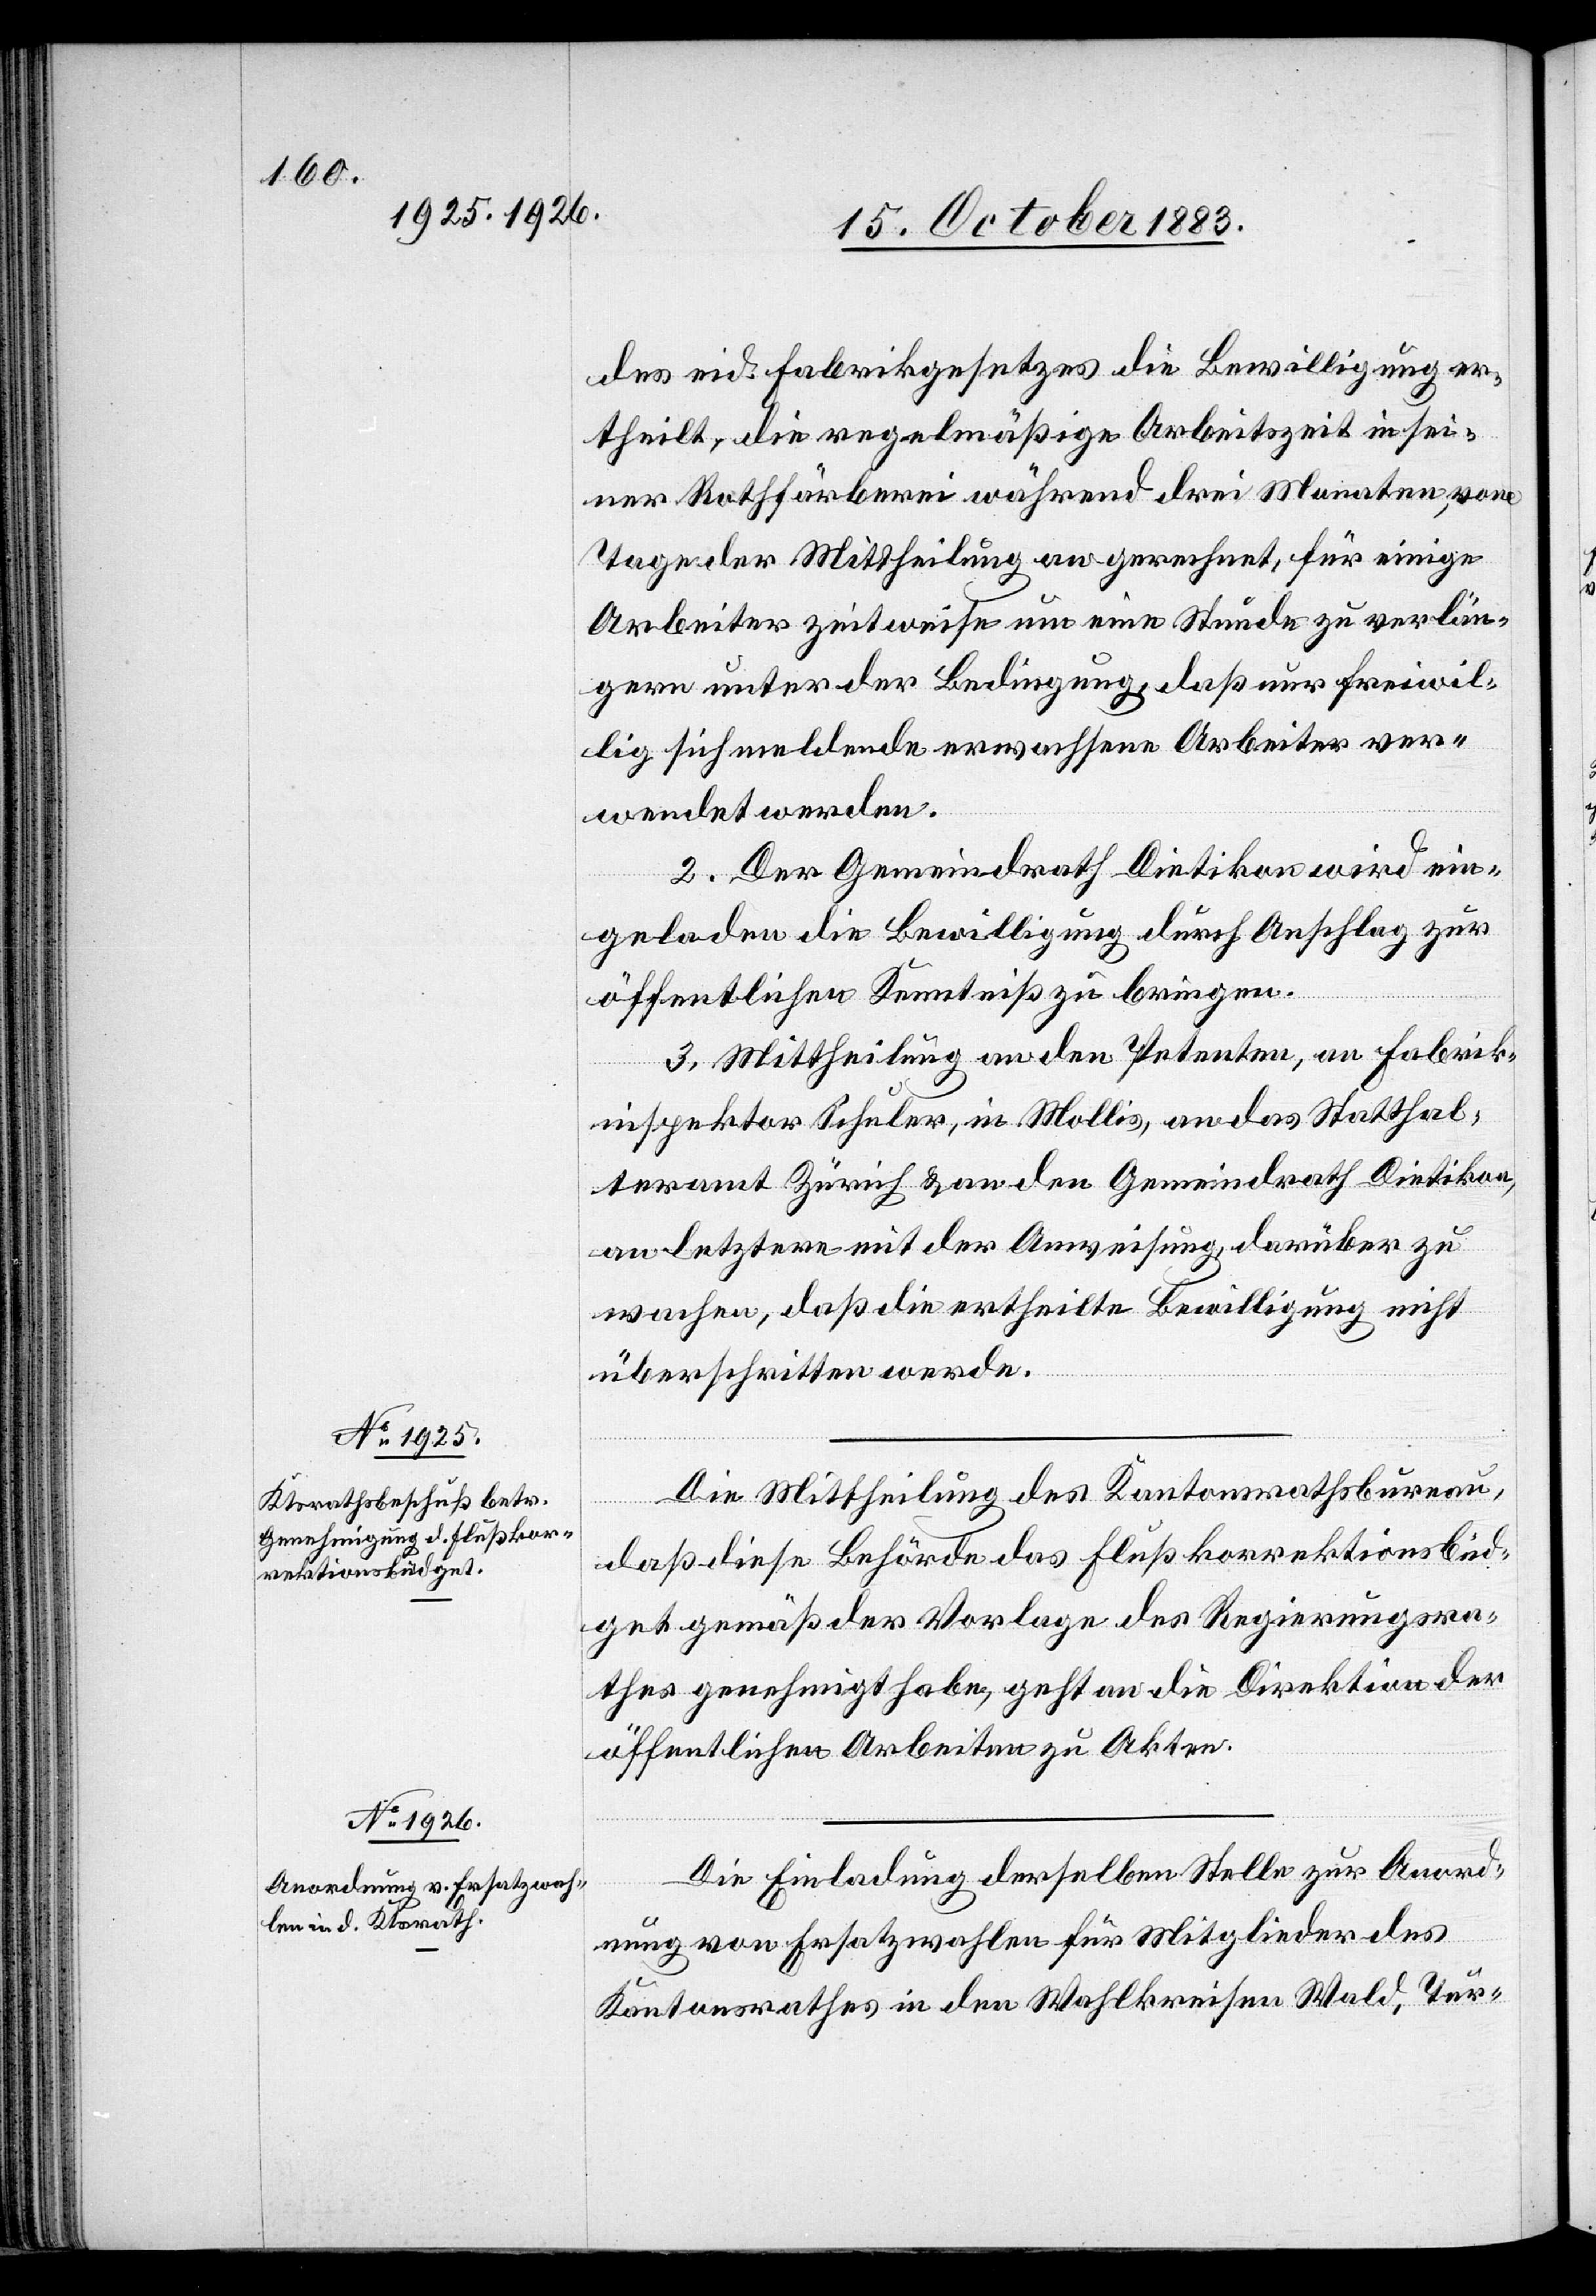
des eid. Fabrikgesetzes die Bewilligung er¬
theilt, die regelmäßige Arbeitszeit in sei¬
ner Rothfärberei während drei Monaten, vom
Tage der Mittheilung an gerechnet, für einige
Arbeiter zeitweise um eine Stunde zu verlän¬
gern unter der Bedingung, daß nur freiwil¬
lig sich meldende erwachsene Arbeiter ver¬
wendet werden.
2. Der Gemeindrath Dietikon wird ein¬
geladen die Bewilligung durch Anschlag zur
öffentlichen Kenntniß zu bringen.
3. Mittheilung an den Petenten, an Fabrik¬
inspektor Schuler, in Mollis, an das Statthal¬
teramt Zürich & an den Gemeindrath Dietikon,
an letztere mit der Anweisung, darüber zu
wachen, daß die ertheilte Bewilligung nicht
überschritten werde.
Die Mittheilung des Kantonsrathsbureau,
daß diese Behörde das Flußkorrektionsbüd¬
get gemäß der Vorlage des Regierungsra¬
thes genehmigt habe, geht an die Direktion der
öffentlichen Arbeiten zu Akten.
Die Einladung derselben Stelle zur Anord¬
nung von Ersatzwahlen für Mitglieder des
Kantonsrathes in den Wahlkreisen Wald, Tur-